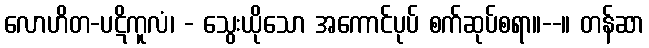
လောဟိတ-ပဋိကူလံ၊ - သွေးယိုသော အကောင်ပုပ် စက်ဆုပ်စရာ။--။ တန်ဆာ